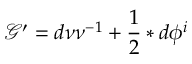
\mathcal { G } ^ { \prime } = d \nu \nu ^ { - 1 } + \frac { 1 } { 2 } \ast d \phi ^ { i }